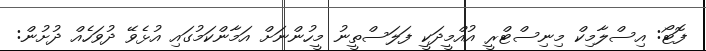
ފޮޓޯ: އިސްލާމިކް މިނިސްޓްރީ އުއްމީދަކީ ފަލަސްތީނު މީހުންނަށް އަމާންކަމުގައި އުޅެވޭ ދުވަހެއް ދުށުން: